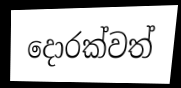
දොරක්වත්